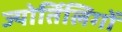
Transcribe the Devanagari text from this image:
ज्योर्तिलिगों